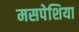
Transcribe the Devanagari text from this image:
मसपेशिया